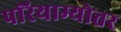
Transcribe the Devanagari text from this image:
परियाम्योत्तर